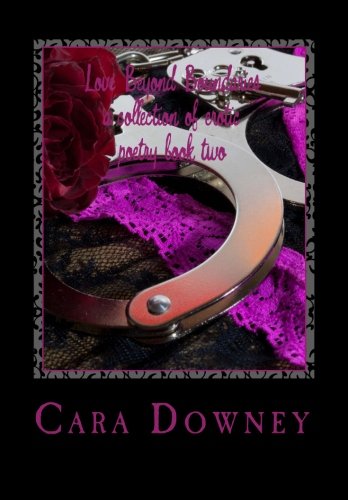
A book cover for Love Beyond Boundaries a collection of erotic poetry book 2 (Volume 2); Cara Downey; Romance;